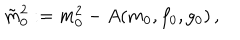
\tilde { m } _ { 0 } ^ { 2 } : = m _ { 0 } ^ { 2 } - A ( m _ { 0 } , f _ { 0 } , g _ { 0 } ) \, ,